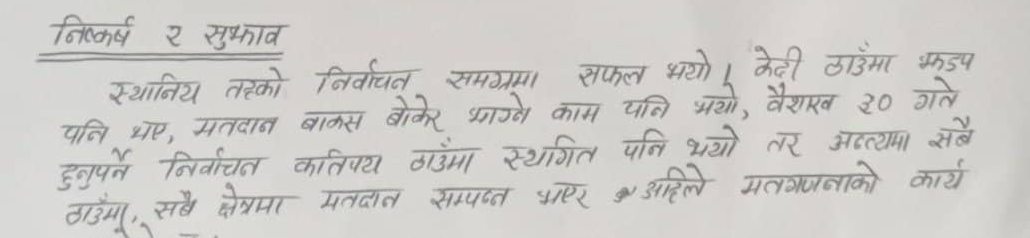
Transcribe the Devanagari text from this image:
निष्कर्ष र सुझाव
स्थानिय तहको निर्वाचन समग्रमा सफल भयो । केही ठाउँमा झडप
पनि भए, मतदान बाकस बोकेर भाग्ने काम पनि भयो, वैशाख ३० गते
हुनुपर्ने निर्वाचन कतिपय ठाउँमा स्थगित पनि भयो तर अन्त्यमा सबै
ठाउँमा, सबै क्षेत्रमा मतदान सम्पन्न भएर अहिले मतगणनाको कार्य